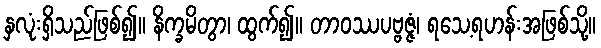
နှလုံးရှိသည်ဖြစ်၍။ နိက္ခမိတွာ၊ ထွက်၍။ တာဝဿပဗ္ဗဇ္ဇံ၊ ရသေ့ရဟန်းအဖြစ်သို့။